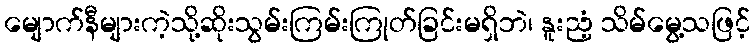
မျောက်နီများကဲ့သို့ဆိုးသွမ်းကြမ်းကြုတ်ခြင်းမရှိဘဲ၊ နူးညံ့ သိမ်မွေ့သဖြင့်